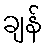
ချန်